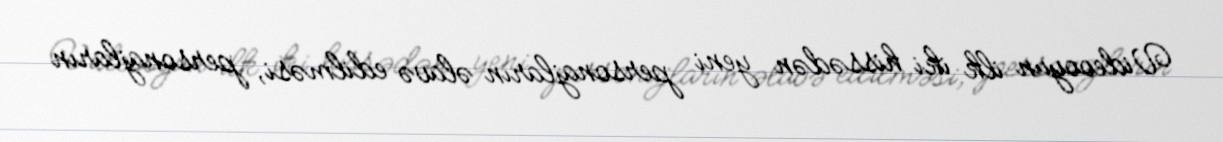
Videooyun ilk iki hissədən yeni personajların əlavə edilməsi, personajların